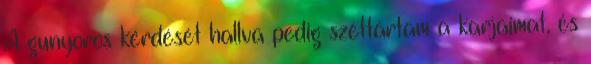
A gunyoros kérdését hallva pedig széttártam a karjaimat, és